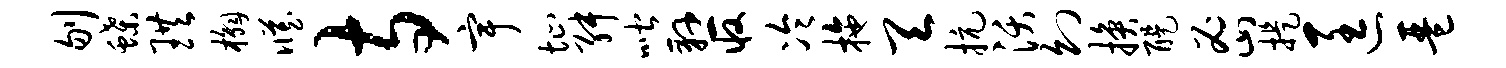
刎蝶珙槲臧寺宇址舛喈悬收冷拖天抗沃幻换醍密提匡琶